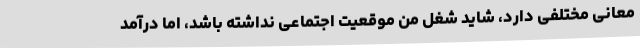
معانی مختلفی دارد، شاید شغل من موقعیت اجتماعی نداشته باشد، اما درآمد